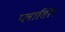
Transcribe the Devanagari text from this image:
प्लासिल